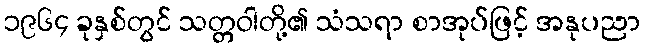
၁၉၆၄ ခုနှစ်တွင် သတ္တဝါတို့၏ သံသရာ စာအုပ်ဖြင့် အနုပညာ